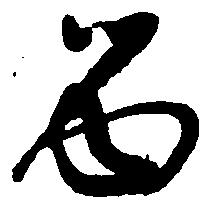
留